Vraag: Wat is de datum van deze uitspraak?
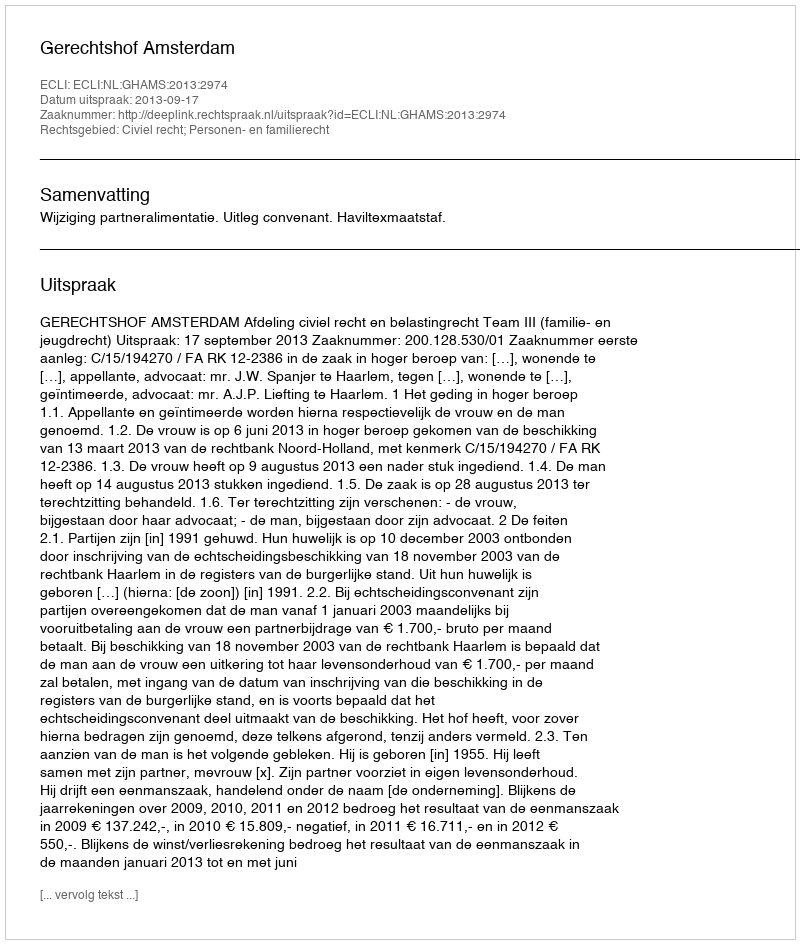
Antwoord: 2013-09-17